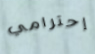
إحترامي